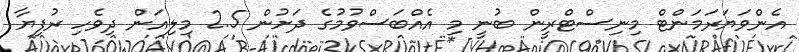
އެންވަޔަރަމަންޓް މިނިސްޓްރީން ބުނީ މި އެއްބަސްވުމުގެ ދަށުން 2.5 މިލިއަން ދިވެހި ރުފިޔާ